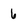
Character: 6